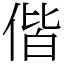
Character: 偕